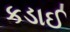
કડાઈ